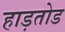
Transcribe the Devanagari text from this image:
हाड़तोड